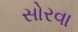
સોરવા